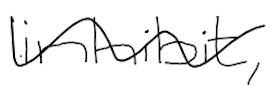
Text: inhibit,
Cross-out: wave
Writing tool: digital_black